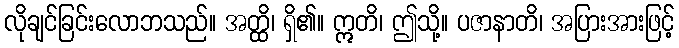
လိုချင်ခြင်းလောဘသည်။ အတ္ထိ၊ ရှိ၏။ ဣတိ၊ ဤသို့။ ပဇာနာတိ၊ အပြားအားဖြင့်